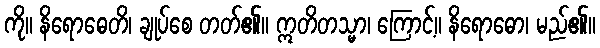
ကို။ နိရောဓေတိ၊ ချုပ်စေ တတ်၏။ ဣတိတသ္မာ၊ ကြောင့်။ နိရောဓော၊ မည်၏။